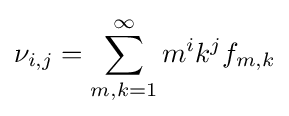
\nu _{i,j}=\sum _{m,k=1}^{\infty }m^{i}k^{j}f_{m,k}